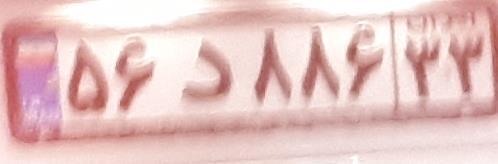
۵۶د۸۸۶۳۳